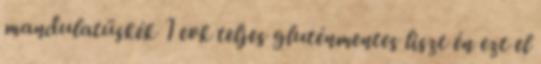
mandulatüskék 1 evk teljes gluténmentes liszt én ezt el